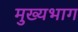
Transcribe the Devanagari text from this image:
मुख्यभाग